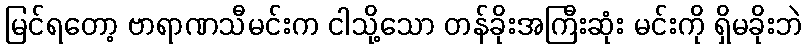
မြင်ရတော့ ဗာရာဏသီမင်းက ငါသို့သော တန်ခိုးအကြီးဆုံး မင်းကို ရှိမခိုးဘဲ